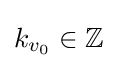
k_{v_{0}}\in \mathbb {Z}